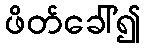
ဖိတ်ခေါ်၍